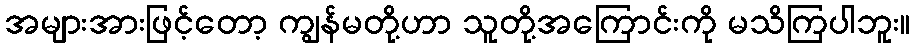
အများအားဖြင့်တော့ ကျွန်မတို့ဟာ သူတို့အကြောင်းကို မသိကြပါဘူး။